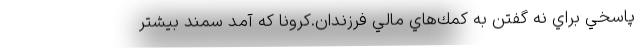
پاسخي براي نه گفتن به كمك‌هاي مالي فرزندان.كرونا كه آمد سمند بيشتر